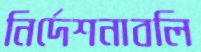
নির্দেশনাবলি